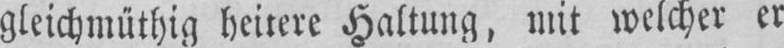
gleichmuthig hcitere Haltung, mit welchcr er